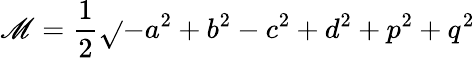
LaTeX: \mathscr{M}={\frac{{1}}{{2}}}{\sqrt{}{{-a^{2}+b^{2}-c^{2}+d^{2}+p^{2}+q^{2}}}}